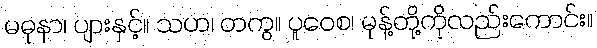
မဓုနာ၊ ပျားနှင့်။ သဟ၊ တကွ။ ပူဝေစ၊ မုန့်တို့ကိုလည်းကောင်း။